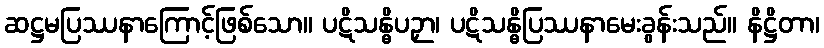
ဆဋ္ဌမပြဿနာကြောင့်ဖြစ်သော။ ပဋိသန္ဓိပဉှာ၊ ပဋိသန္ဓိပြဿနာမေးခွန်းသည်။ နိဋ္ဌိတာ၊